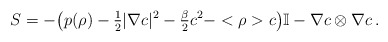
\begin{align*}S &= - \big ( p(\rho) -\tfrac{1}{2} |\nabla c|^2 - \tfrac{\beta}{2} c^2 - < \rho > c \big ) \mathbb{I} - \nabla c \otimes \nabla c \, .\end{align*}